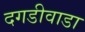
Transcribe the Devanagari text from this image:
दगडीवाडा